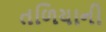
તળિયાની